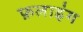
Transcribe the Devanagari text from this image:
फ़लाइंग